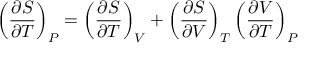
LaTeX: \left( { \frac { \partial S } { \partial T } } \right) _ { P } = \left( { \frac { \partial S } { \partial T } } \right) _ { V } + \left( { \frac { \partial S } { \partial V } } \right) _ { T } \left( { \frac { \partial V } { \partial T } } \right) _ { P }